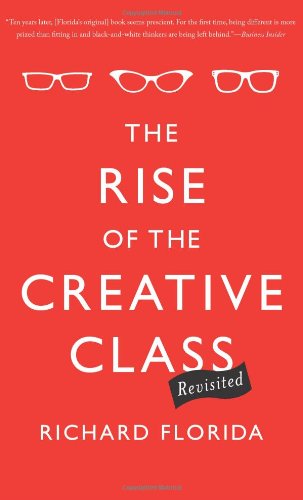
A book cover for The Rise of the Creative Class--Revisited: Revised and Expanded; Richard Florida; Health, Fitness & Dieting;